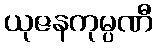
ယုဇနကုမ္ပဏီ